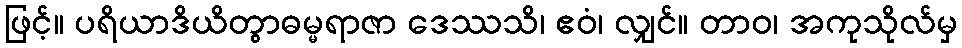
ဖြင့်။ ပရိယာဒိယိတွာဓမ္မရာဇာ ဒေဿသိ၊ ဧဝံ၊ လျှင်။ တာဝ၊ အကုသိုလ်မှ